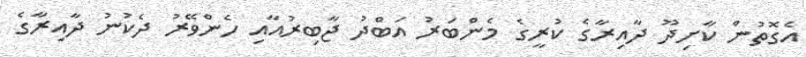
އެގޮތުން ކާށިދޫ ދާއިރާގެ ކުރީގެ މެންބަރު އަބްދު ޖާބިރުއާއި ހެންވޭރު ދެކުނު ދާއިރާގެ